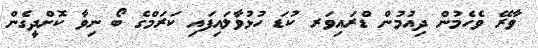
ވާރޭ ވެހެމުން ދިއުމުން ޑްރައިވަރ ކުޑަ ހުޅުވާލައިފައި ކަރަމްގެ ބޯ ނިވާ ކޮށްދީގެން